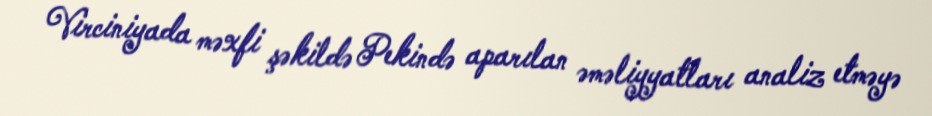
Virciniyada məxfi şəkildə Pekində aparılan əməliyyatları analiz etməyə